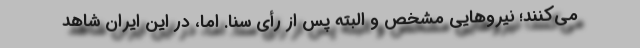
می‌کنند؛ نیروهایی مشخص و البته پس از رأی سنا. اما، در این ایران شاهد